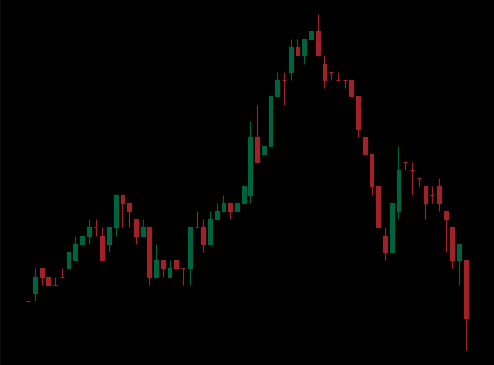
Pattern: head_shoulders